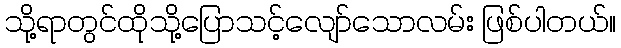
သို့ရာတွင်ထိုသို့ပြောသင့်လျော်သောလမ်း ဖြစ်ပါတယ်။